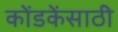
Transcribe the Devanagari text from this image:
कोंडकेंसाठी